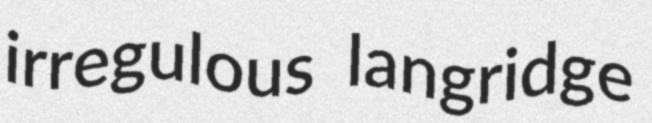
irregulous langridge